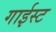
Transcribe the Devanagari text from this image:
गाईस्ट